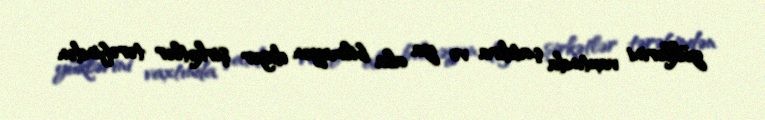
yüklərini vaxtında çatdıra və ya ala bilməyən digər şirkətlər tərəfindən